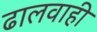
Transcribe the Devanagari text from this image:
ढालवाही